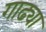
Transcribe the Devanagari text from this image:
गाढ्या